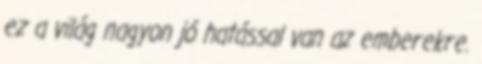
ez a világ nagyon jó hatással van az emberekre.